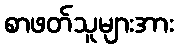
စာဖတ်သူများအား